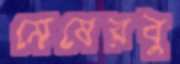
মেষেরবু